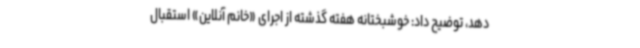
دهد، توضیح داد: خوشبختانه هفته گذشته از اجرای «خانم آنلاین» استقبال